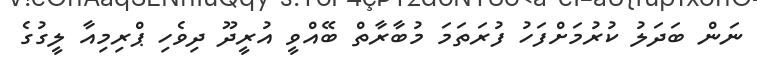
ނަން ބަދަލު ކުރުމަށްފަހު ފުރަތަމަ މުބާރާތް ބޭއްވީ އުރީދޫ ދިވެހި ޕްރިމިއާ ލީގުގެ